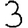
Digit: 3